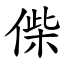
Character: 偨